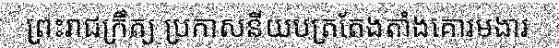
ព្រះរាជក្រឹត្យ ប្រកាសនីយបត្រតែងតាំងគោរមងារ